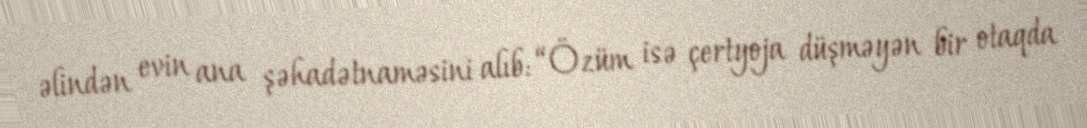
əlindən evin ana şəhadətnaməsini alıb: “Özüm isə çertyoja düşməyən bir otaqda